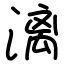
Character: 漓